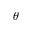
\theta